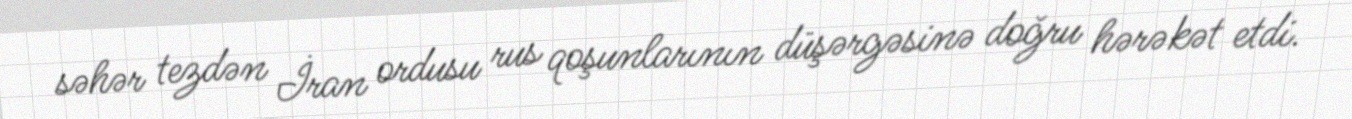
səhər tezdən İran ordusu rus qoşunlarının düşərgəsinə doğru hərəkət etdi.